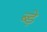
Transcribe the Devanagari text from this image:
ब्ड़े